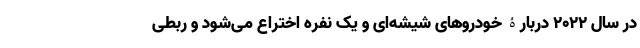
در سال 2022 دربارۀ خودروهای شیشه‌ای و یک نفره اختراع می‌شود و ربطی